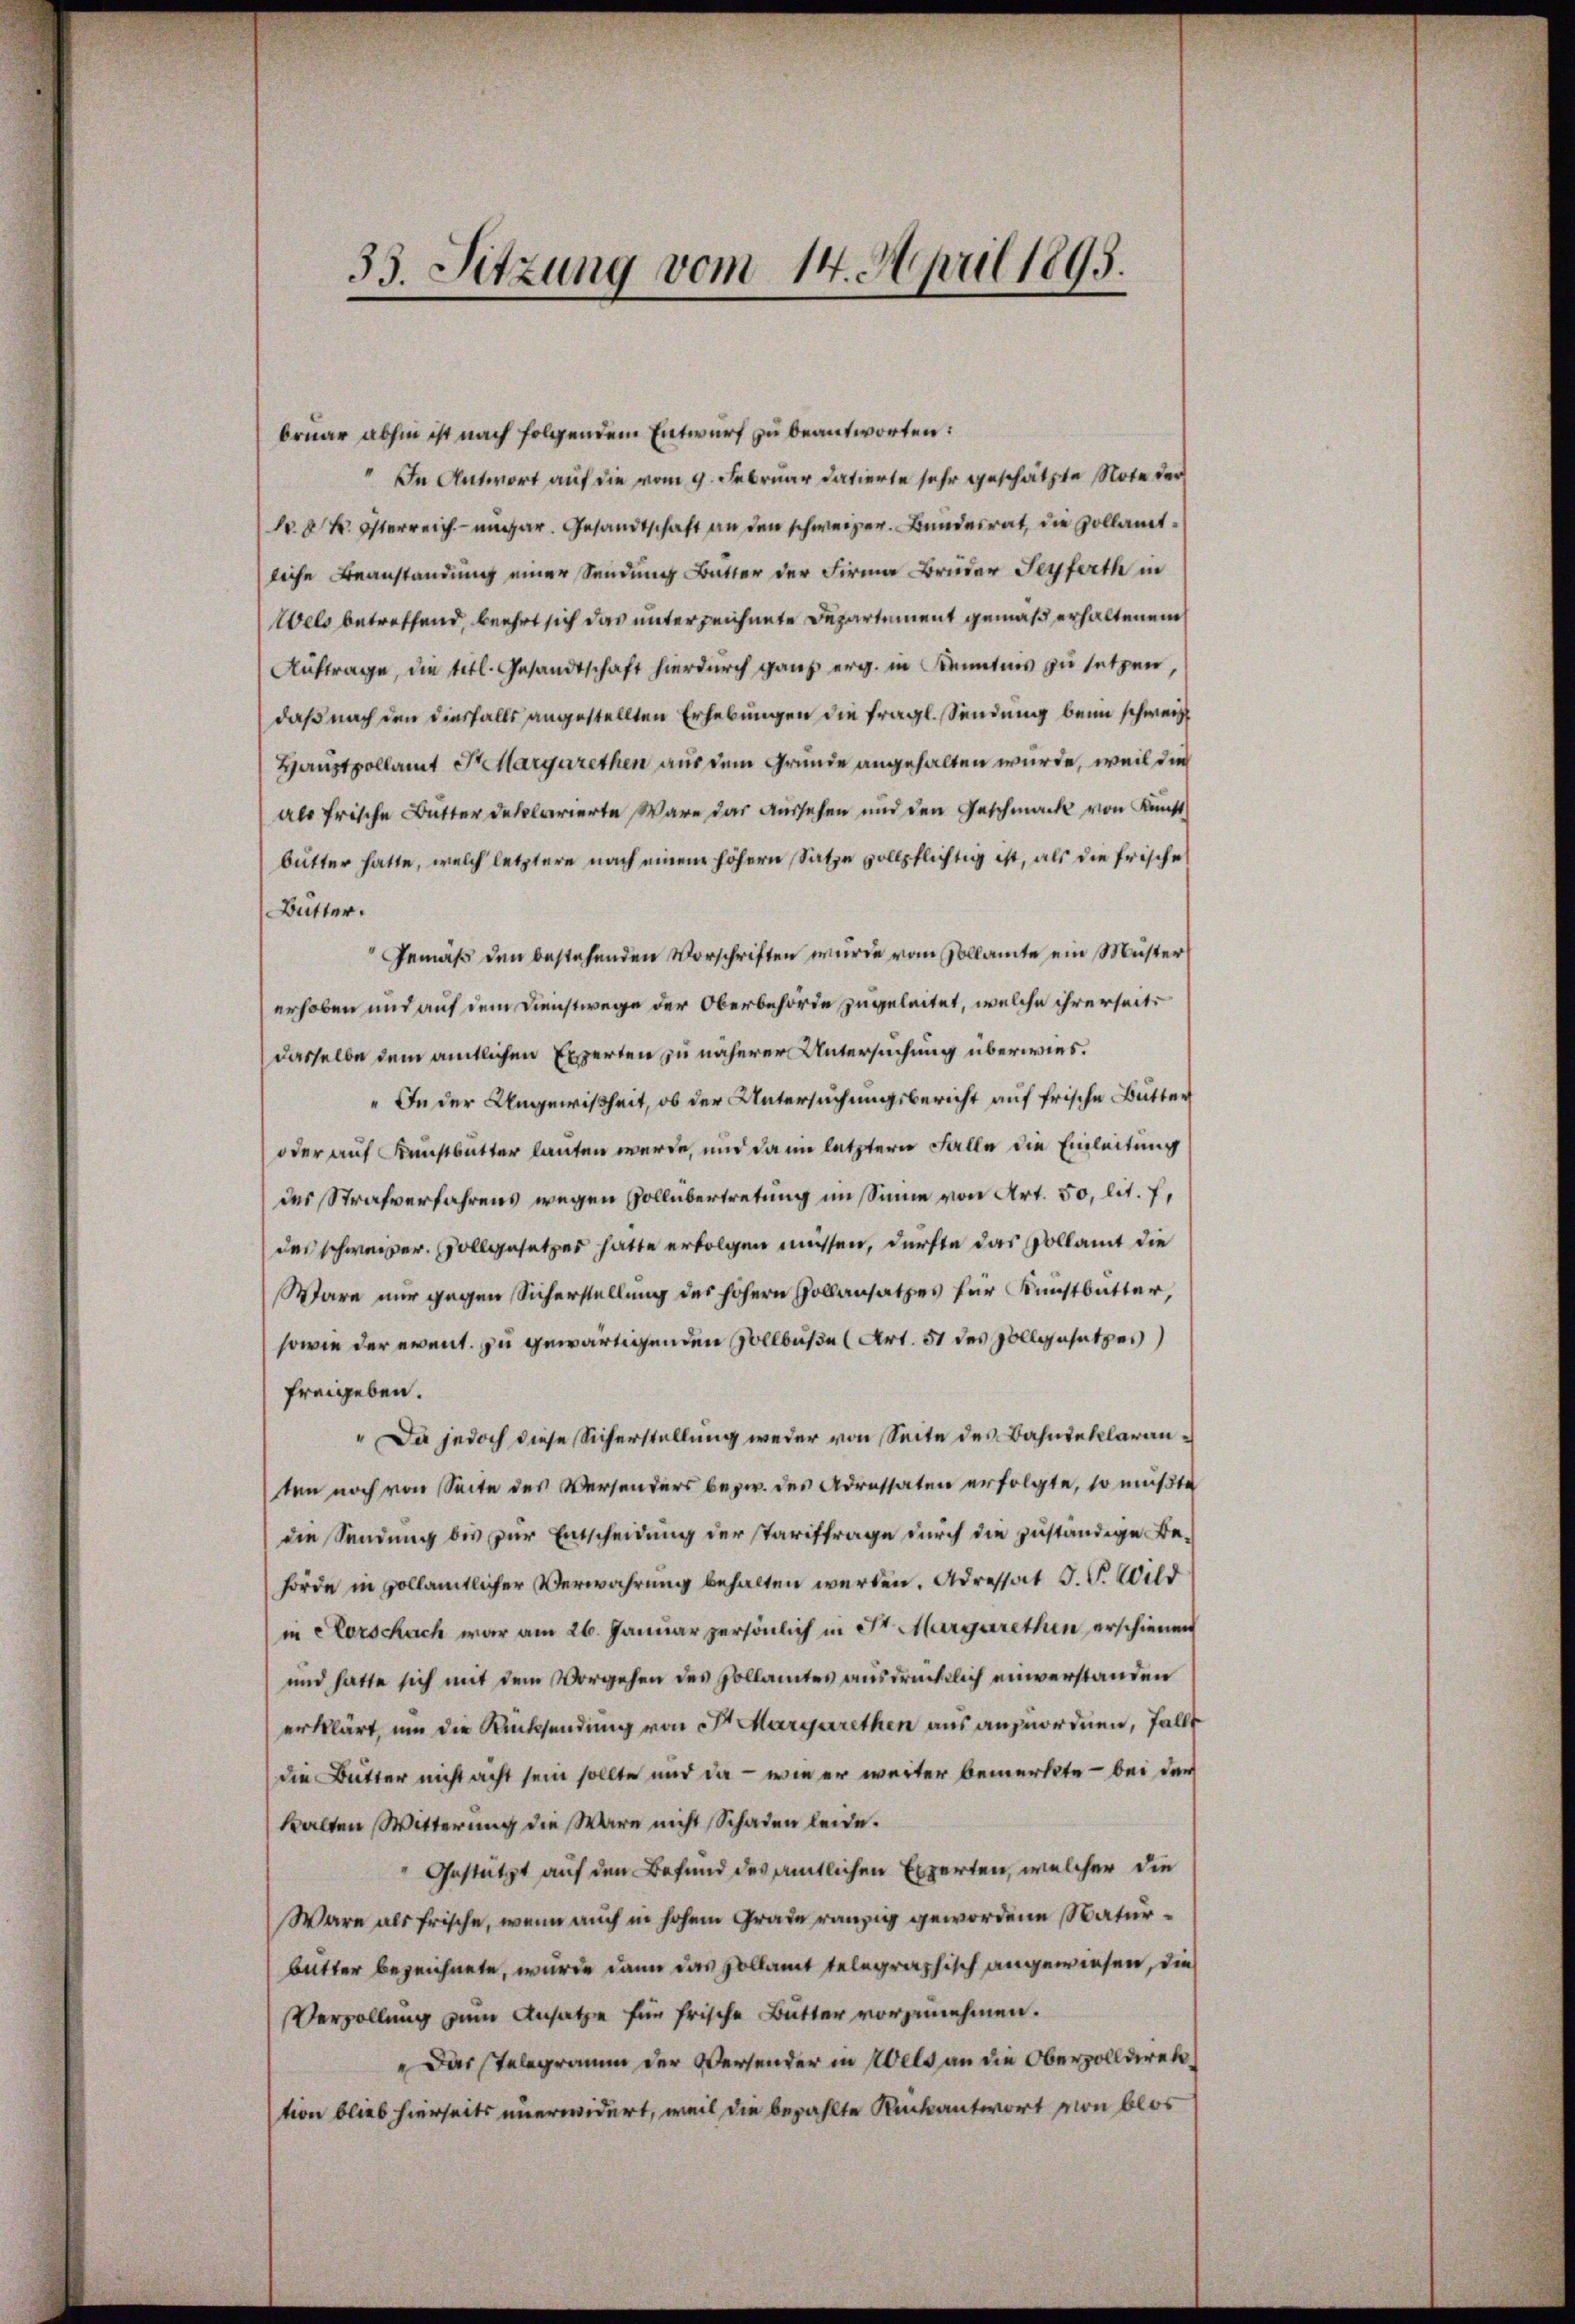
33. Sitzung vom 14. April 1895.

bruar abhin ist nach folgendem Entwurf zu beantworten:
In Antwort auf die vom 9. Februar datierte sehr geschätzte Note der
N. K. Osterreich ungar. Gesandtschaft an den schweizer. Bundesrat, die Kollamtliche Beanstandung einer Sendung Butter der Firma Bruder Seyferth in
Wels betreffend, beehrt sich das unterzeichnete Departement gemäß erhaltenem
Auftrage, die titl. Gesandtschaft hierdurch ganz erg. in Kenntnis zu setzen,
daß nach den diesfalls angestellten Erhebungen die fragl. Sendung beim schweiz
Hauptpollamt Aargarethen aus dem Grunde angehalten wurde, weil die
als Frische Butter deklarierte Wäre das aussehen und den Geschmack von Kunst
butter hatte, welch letztere nach einem höhern Satze vollpflichtig ist, als die Frische
Butter.
Gemäß den bestehenden Vorschriften wurde vom Sollamte ein Müster
erhoben und auf dem Dienstwege der Oberbehörde zugeleitet, welche ihrerseiti
dasselbe dem amtlichen Experten zu näherer Untersuchung überwies¬
" In der Ungewißheit, ob der Untersuchungsbericht auf frische Butter
oder auf Kunstbutter lauten werde, und da im letztern Falle die Einleitung
des Strafverfahrens wegen Vollübertretung im Sinne von Art. 50, lit. 7,
des schweizer. Sollgesetzes hatte erfolgen müssen, dürfte das Collamt die
Wäre nur gegen Sicherstellung des höhern Hollansatzes für Kunstbutter,
sowie der event. zu gewärtigenden Sollbuße (Art. 51 des Collgesetzes
freigeben.
" Da jedoch diese Sicherstellung weder von Seite des Bahndeklaranten noch von Seite des Versenders bezw. des Adressaten erfolgte, so müßte
die Sendung bis zur Entscheidung der Tariftrage durch die zuständige Behörde in vollamtlicher Verwahrung behalten werden. Adressat J. V. Wild
(in corschach war am 26. Januar persönlich in Dr. Margarethen erschienen
und hatte sich mit dem Vorgehen des Pollamtes ausdrücklich einverstanden
erklärt, um die Rücksendung von Sr. Margarethen aus anzuordnen, falle
die Butter nicht acht sein sollte und da — wie er weiter bemerkte - bei der
kalten Witterung die Wäre nicht Schaden leide.
Gestützt auf den Befund des amtlichen Experten, welcher die
Wäre als Frische, wenn auch in hohem Grade ranzig gewordene Naturbutter bezeichnete, wurde dann das Hollamt telegraphisch angewiesen, die
Vervollung zum Ansatze für frische Butter vorzunehmen.
" Das Telegramm der Versender in Wels an die Oberzolldirek
tion blieb hierseits unerwidert, weil die bezahlte Rückantwort von blos